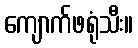
ကျောက်ဖရုံသီး။